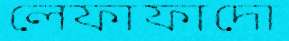
লেফাফাদো